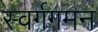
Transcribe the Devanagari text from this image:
स्वर्गगमन